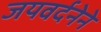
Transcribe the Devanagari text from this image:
जयवर्दनेने